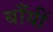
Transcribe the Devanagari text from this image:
बाँयीं